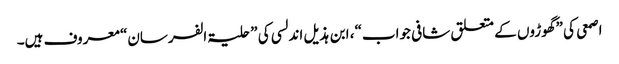
اصمعی کی ”گھوڑوں کے متعلق شافی جواب“، ابن ہذیل اندلسی کی ”حلیۃ الفرسان“ معروف ہیں۔